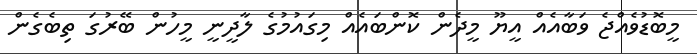
މީބޮޑުވެއްޖެ ވަބާއެއް އީޔޫ މީދެން ކޮންބައެއް މިގައުމުގެ ލާދީނީ މީހުން ބޭރުގަ ތިބެގެން